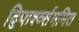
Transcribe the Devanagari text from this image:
द्विपार्श्व्सममित